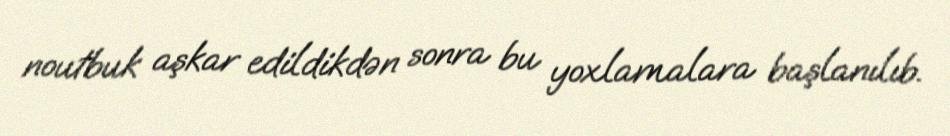
noutbuk aşkar edildikdən sonra bu yoxlamalara başlanılıb.